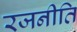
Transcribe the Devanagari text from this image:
रजनीति